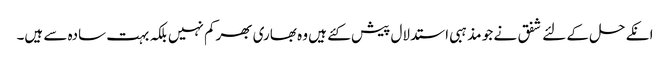
انکے حل کے لئے شفق نے جو مذہبی استدلال پیش کئے ہیں وہ بھاری بھرکم نہیں بلکہ بہت سادہ سے ہیں۔